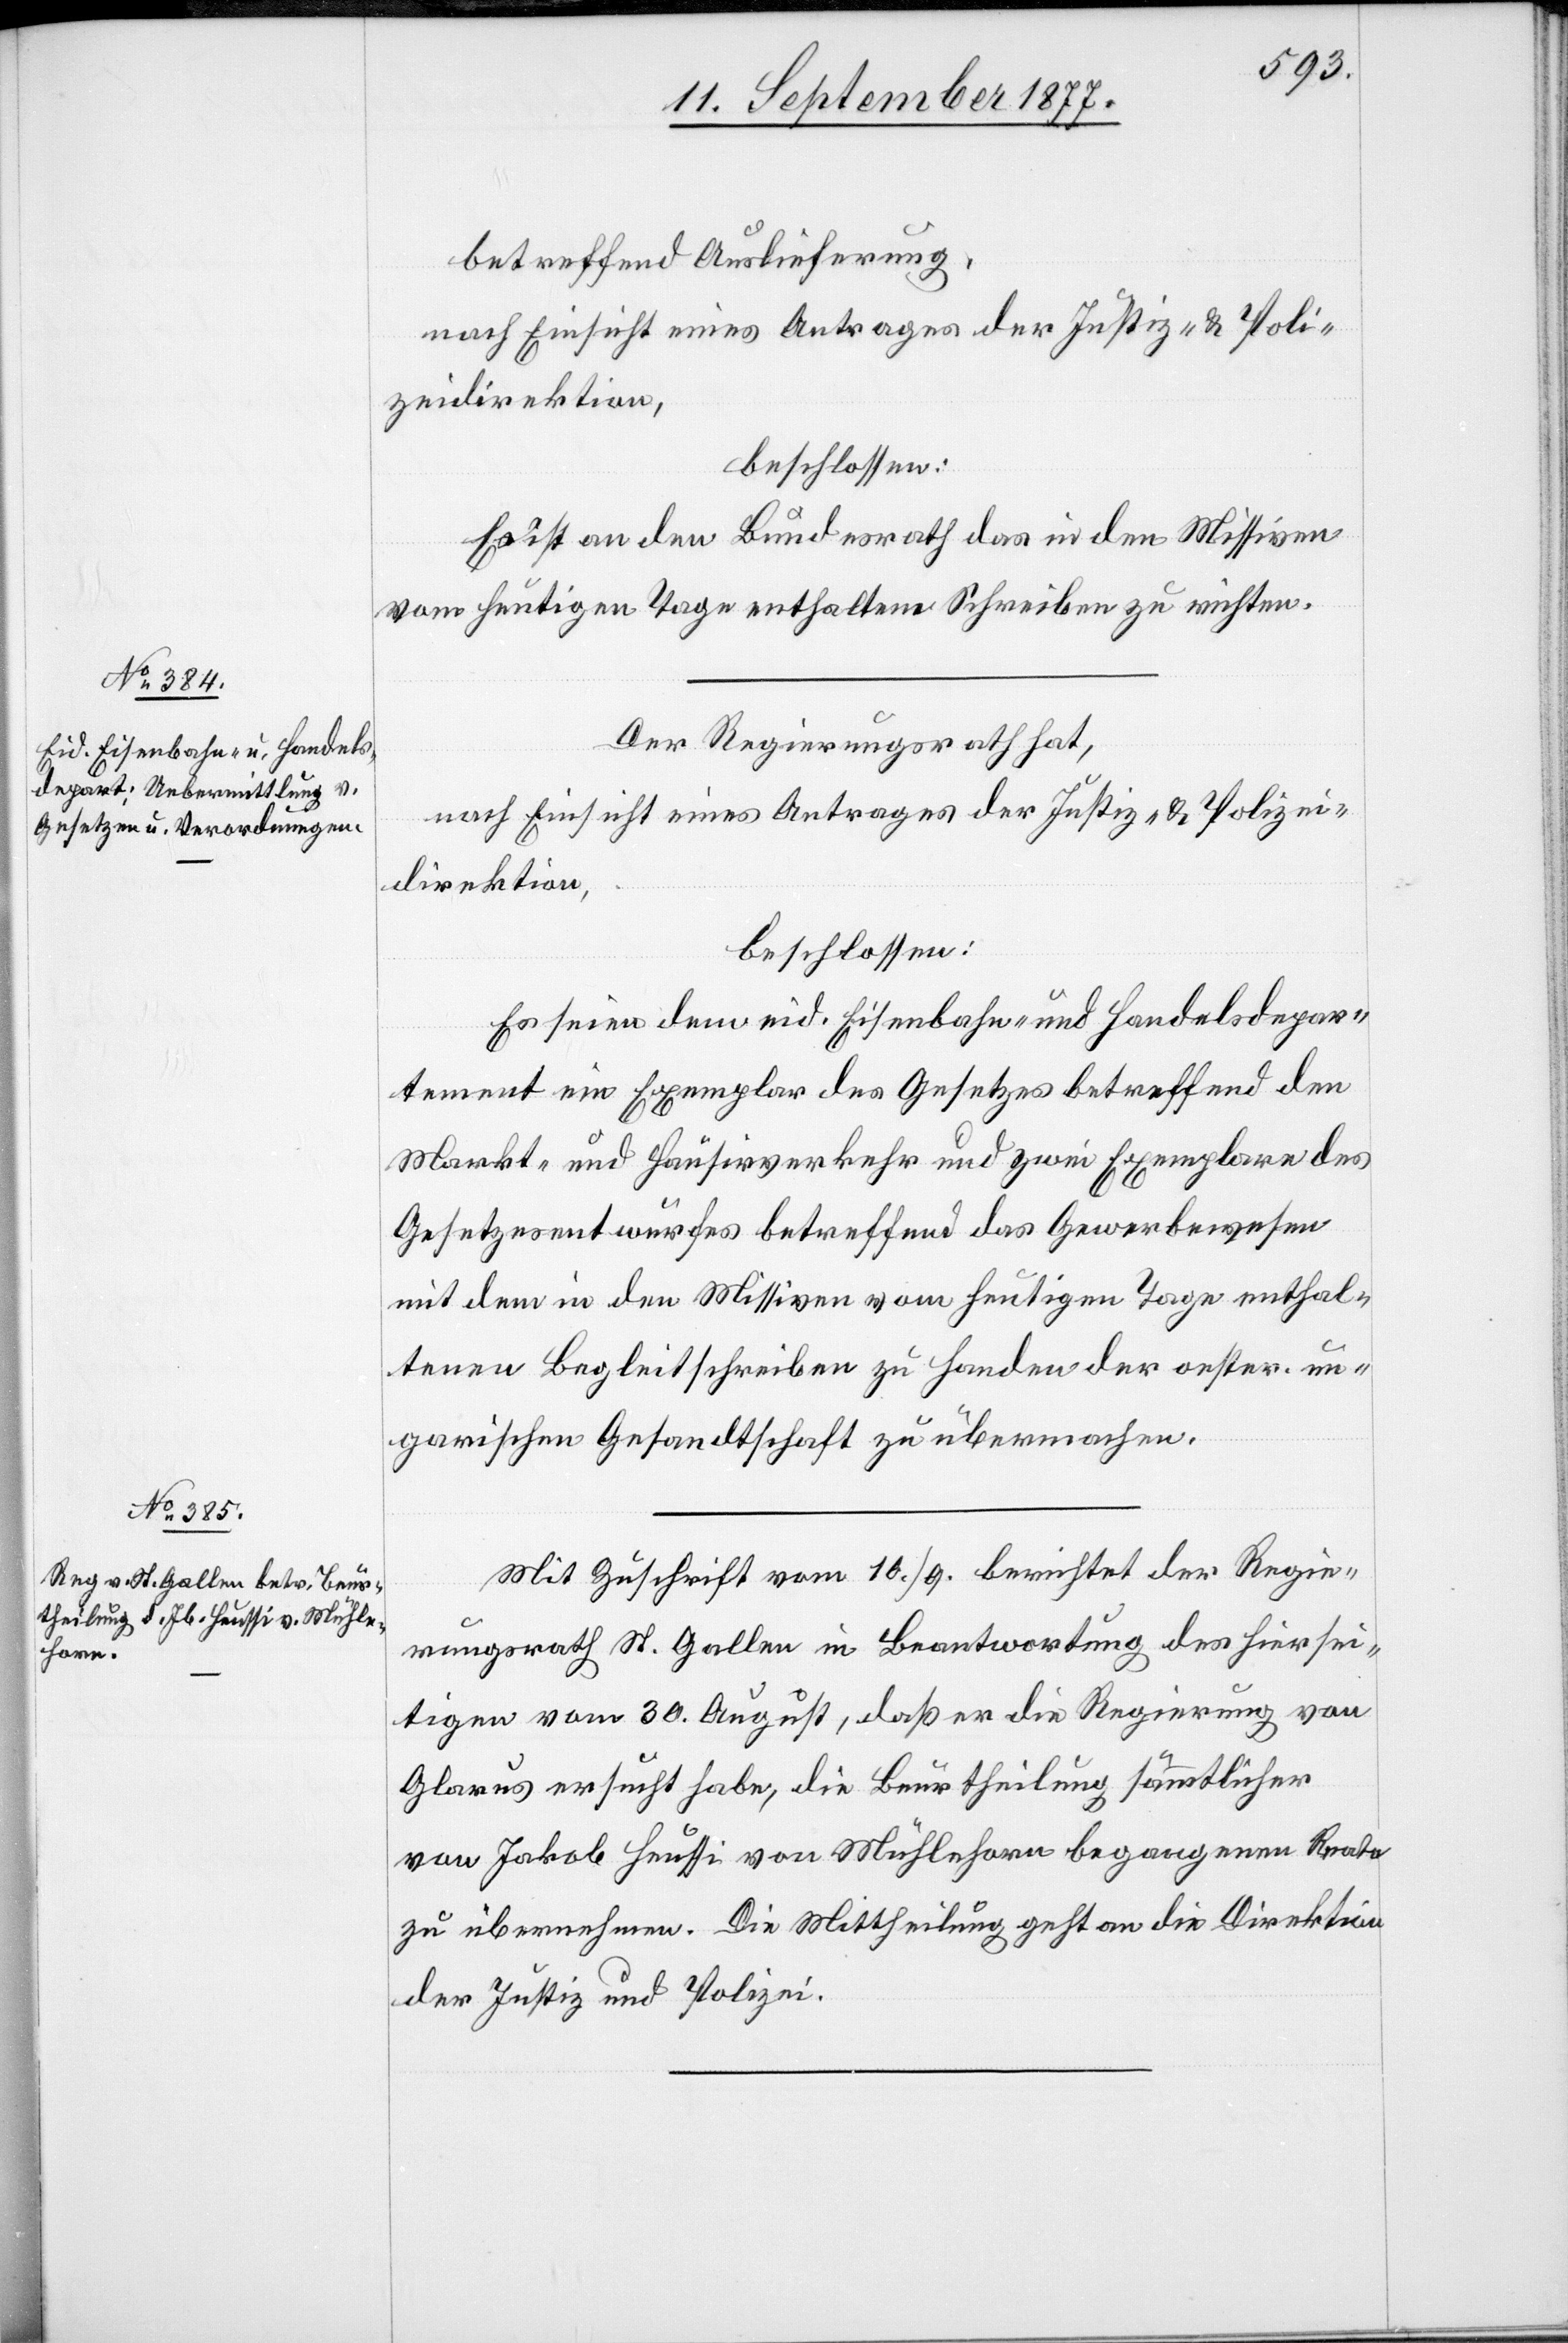
12. September 1877.]
betreffend Auslieferung,
nach Einsicht eines Antrages der Justiz- & Poli¬
zeidirektion,
beschlossen:
Es ist an den Bundesrath das in den Missiven
vom heutigen Tage enthaltene Schreiben zu richten.
Der Regierungsrath hat,
nach Einsicht eines Antrages der Justiz- & Polizei¬
direktion,
beschlossen:
Es seien dem eid. Eisenbahn- und Handelsdepar¬
tement ein Exemplar des Gesetzes betreffend den
Markt- und Hausirverkehr und zwei Exemplare des
Gesetzesentwurfes betreffend das Gewerbewesen
mit dem in den Missiven vom heutigen Tage enthal¬
tenen Begleitschreiben zu Handen der oester. un¬
garischen Gesandtschaft zu übermachen.
Mit Zuschrift vom 10./9. berichtet der Regie¬
rungsrath St. Gallen in Beantwortung des hiersei¬
tigen vom 30. August, daß er die Regierung von
Glarus ersucht habe, die Beurtheilung sämmtlicher
von Jakob Heussi von Mühlehorn begangenen Reate
zu übernehmen. Die Mittheilung geht an die Direktion
der Justiz und Polizei.